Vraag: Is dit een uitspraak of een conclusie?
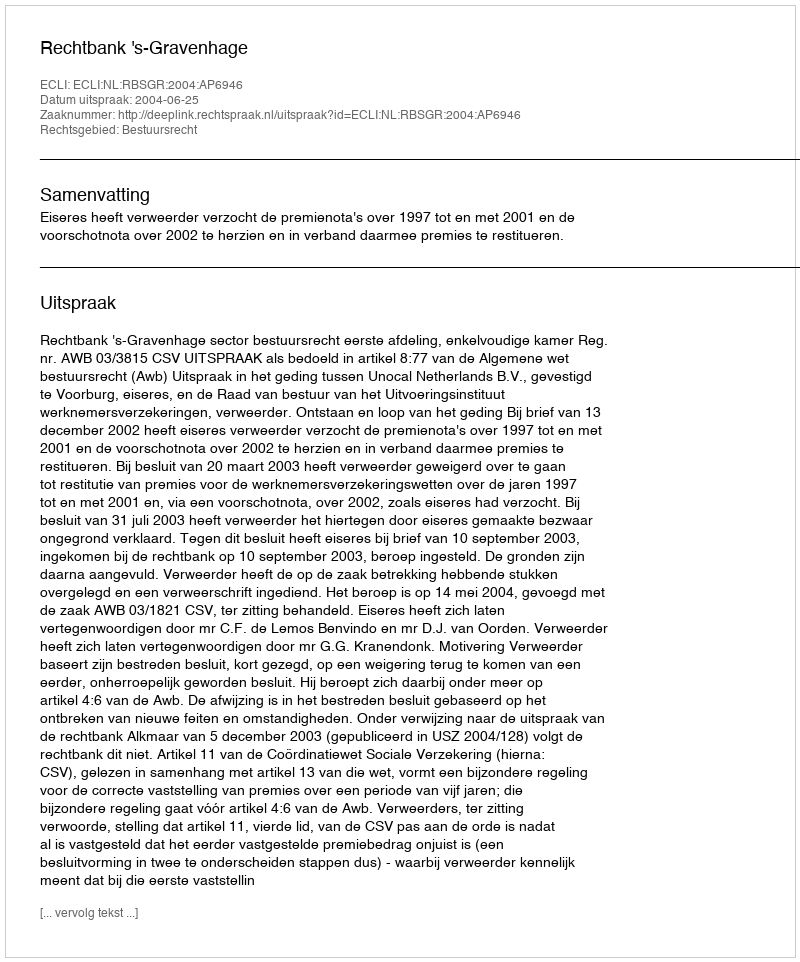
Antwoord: Uitspraak